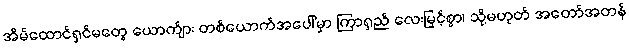
အိမ်ထောင်ရှင်မတွေ ယောက်ျား တစ်ယောက်အပေါ်မှာ ကြာရှည် လေးမြင့်စွာ၊ သို့မဟုတ် အတော်အတန်